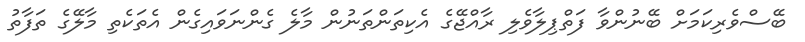
ބޭސްވެރިކަމަށް ބޭނުންވާ ފަތްޕިލާވެލި ރާއްޖޭގެ އެކިތަންތަނުން މާލެ ގެންނަވައިގެން އެތަކެތި މާލޭގެ ތަފާތު